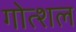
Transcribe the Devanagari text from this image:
गोत्शल